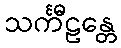
သင်္ကီဠန္တေ